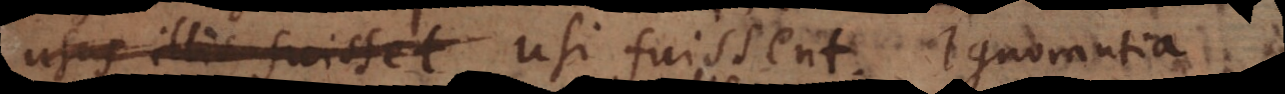
usus illis fuisset usi fuissent. Ignorantia